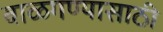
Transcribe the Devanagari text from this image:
बाळगण्यासाठी